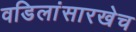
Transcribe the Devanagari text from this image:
वडिलांसारखेच